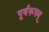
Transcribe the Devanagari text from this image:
पूर्वरूपम्